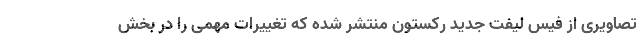
تصاویری از فیس لیفت جدید رکستون منتشر شده که تغییرات مهمی را در بخش